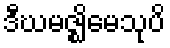
ဒီဃမဇ္ဈိမေသုပိ